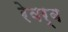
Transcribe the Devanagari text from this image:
रेवर्ब